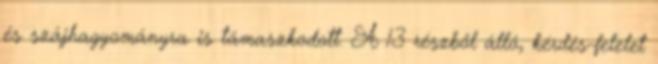
és szájhagyományra is támaszkodott. A 13 részből álló, kérdés-felelet